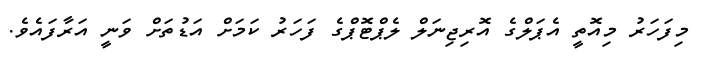
މިފަހަރު މިއޮތީ އެޕަލްގެ އޮރިޖިނަލް ލެޕްޓޮޕްގެ ފަހަރު ކަމަށް އަޑުތަށް ވަނީ އަރާފައެވެ.